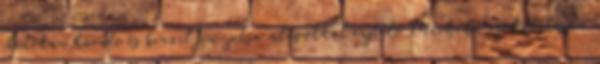
shotokan karate és brazil jiu-jitsu alapokkal rajtoló Machida csodálatosan